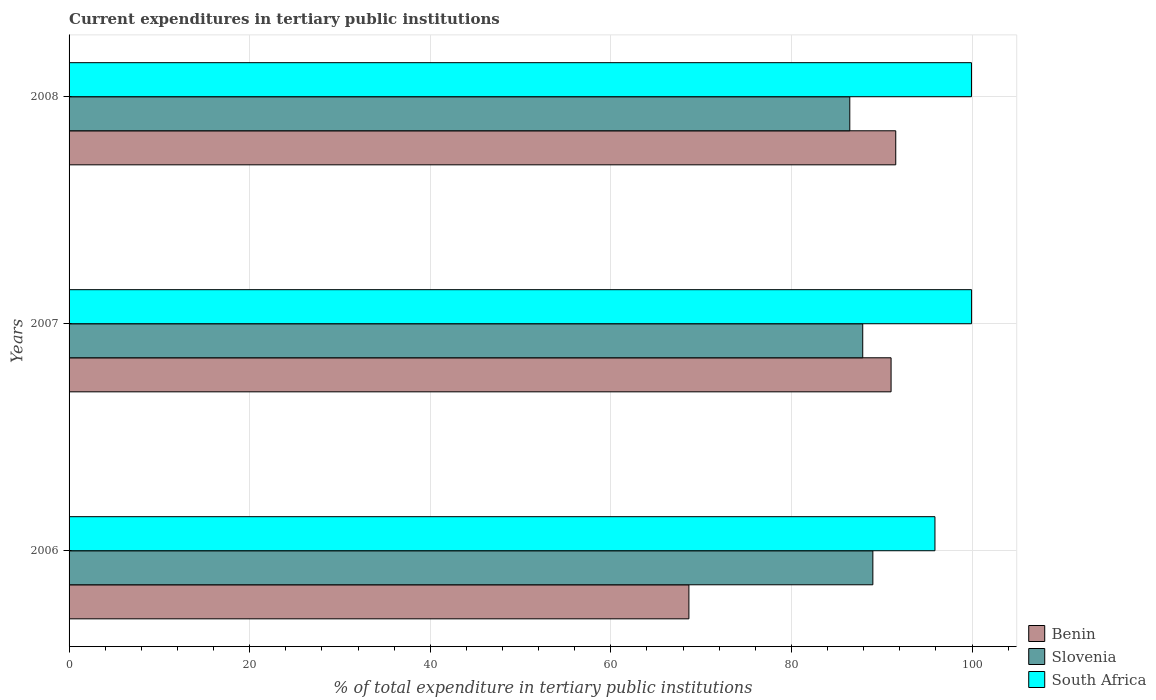
| Years | Benin | Slovenia | South Africa |
 | --- | --- | --- | --- |
 | 2006 | 68.6 | 89 | 95.9 |
 | 2007 | 91 | 87.9 | 100 |
 | 2008 | 91.6 | 86.5 | 99.9 |